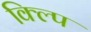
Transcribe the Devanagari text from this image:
क्ल्पि